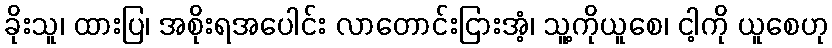
ခိုးသူ၊ ထားပြ၊ အစိုးရအပေါင်း လာတောင်းငြားအံ့၊ သူ့ကိုယူစေ၊ ငါ့ကို ယူစေဟု